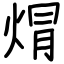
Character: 焨